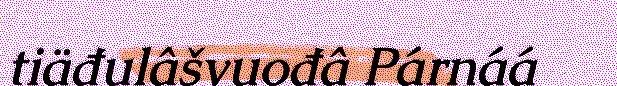
tiäđulâšvuođâ Párnáá